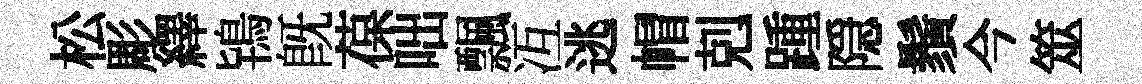
松彫繹鴇既葆咄飄冱逃帽剋踵隠鬚今筮